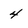
Character: 4